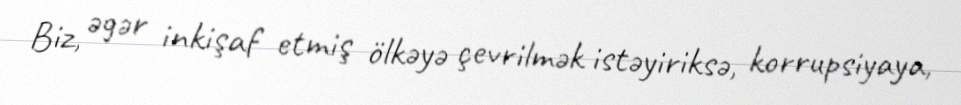
Biz, əgər inkişaf etmiş ölkəyə çevrilmək istəyiriksə, korrupsiyaya,